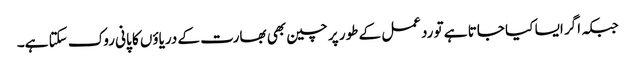
جبکہ اگر ایسا کیا جاتا ہے تو ردعمل کے طور پر چین بھی بھارت کے دریاؤں کا پانی روک سکتا ہے۔